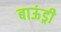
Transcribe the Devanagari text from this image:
बाऊंड्री